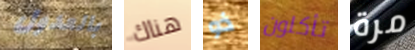
بالعدول هناك ذو تأكلون مرة